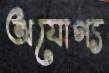
অযোগ্য